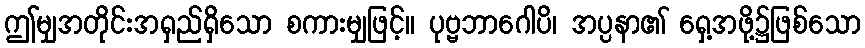
ဤမျှအတိုင်းအရှည်ရှိသော စကားမျှဖြင့်။ ပုဗ္ဗဘာဂေါပိ၊ အပ္ပနာ၏ ရှေ့အဖို့၌ဖြစ်သော